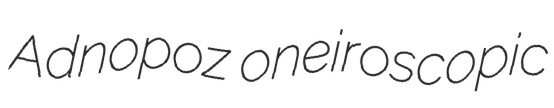
Adnopoz oneiroscopic